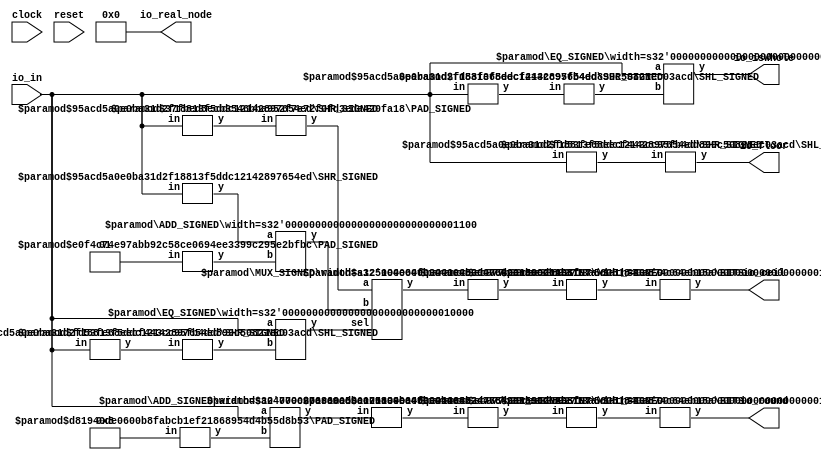
module FixedRing1(
    input clock,
    input reset,
    input [15:0] io_in,
    output [15:0] io_floor,
    output [15:0] io_ceil,
    output io_isWhole,
    output [15:0] io_round,
    output [63:0] io_real_node
);
    wire [11:0] _T_9;
    SHR_SIGNED #(.width(16), .n(4)) s_shr_1 (
        .y(_T_9),
        .in(io_in)
    );
    wire [11:0] _T_11;
    SHR_SIGNED #(.width(16), .n(4)) s_shr_2 (
        .y(_T_11),
        .in(io_in)
    );
    wire [15:0] _node_0;
    SHL_SIGNED #(.width(12), .n(4)) s_shl_3 (
        .y(_node_0),
        .in(_T_11)
    );
    wire _T_12;
    EQ_SIGNED #(.width(16)) s_eq_4 (
        .y(_T_12),
        .a(io_in),
        .b(_node_0)
    );
    wire [11:0] _T_14;
    SHR_SIGNED #(.width(16), .n(4)) s_shr_5 (
        .y(_T_14),
        .in(io_in)
    );
    wire [11:0] _T_15;
    SHR_SIGNED #(.width(16), .n(4)) s_shr_6 (
        .y(_T_15),
        .in(io_in)
    );
    wire [12:0] _T_17;
    wire [11:0] _WTEMP_0;
    PAD_SIGNED #(.width(2), .n(12)) s_pad_7 (
        .y(_WTEMP_0),
        .in(2'sh1)
    );
    ADD_SIGNED #(.width(12)) s_add_8 (
        .y(_T_17),
        .a(_T_15),
        .b(_WTEMP_0)
    );
    wire [12:0] _T_20;
    wire [12:0] _WTEMP_1;
    PAD_SIGNED #(.width(12), .n(13)) s_pad_9 (
        .y(_WTEMP_1),
        .in(_T_14)
    );
    MUX_SIGNED #(.width(13)) s_mux_10 (
        .y(_T_20),
        .sel(_T_12),
        .a(_WTEMP_1),
        .b(_T_17)
    );
    wire [11:0] _T_21;
    SHR_SIGNED #(.width(16), .n(4)) s_shr_11 (
        .y(_T_21),
        .in(io_in)
    );
    wire [15:0] _node_1;
    SHL_SIGNED #(.width(12), .n(4)) s_shl_12 (
        .y(_node_1),
        .in(_T_21)
    );
    wire _T_22;
    EQ_SIGNED #(.width(16)) s_eq_13 (
        .y(_T_22),
        .a(io_in),
        .b(_node_1)
    );
    wire [16:0] _T_24;
    wire [15:0] _WTEMP_2;
    PAD_SIGNED #(.width(5), .n(16)) s_pad_14 (
        .y(_WTEMP_2),
        .in(5'sh8)
    );
    ADD_SIGNED #(.width(16)) s_add_15 (
        .y(_T_24),
        .a(io_in),
        .b(_WTEMP_2)
    );
    wire [12:0] _T_26;
    SHR_SIGNED #(.width(17), .n(4)) s_shr_16 (
        .y(_T_26),
        .in(_T_24)
    );
    wire [16:0] _node_2;
    SHL_SIGNED #(.width(13), .n(4)) s_shl_17 (
        .y(_node_2),
        .in(_T_20)
    );
    wire [15:0] _node_3;
    BITS #(.width(17), .high(15), .low(0)) bits_18 (
        .y(_node_3),
        .in(_node_2)
    );
    wire [16:0] _node_4;
    SHL_SIGNED #(.width(13), .n(4)) s_shl_19 (
        .y(_node_4),
        .in(_T_26)
    );
    wire [15:0] _node_5;
    BITS #(.width(17), .high(15), .low(0)) bits_20 (
        .y(_node_5),
        .in(_node_4)
    );
    ASSINT #(.width(16)) assint_21 (
        .y(io_ceil),
        .in(_node_3)
    );
    SHL_SIGNED #(.width(12), .n(4)) s_shl_22 (
        .y(io_floor),
        .in(_T_9)
    );
    assign io_isWhole = _T_22;
    assign io_real_node = 64'h0;
    ASSINT #(.width(16)) assint_23 (
        .y(io_round),
        .in(_node_5)
    );
endmodule //FixedRing1
module SHR_SIGNED(y, in);
    parameter width = 4;
    parameter n = 2;
    output [(n < width ? (width-n-1) : 0):0] y;
    input [width-1:0] in;
    assign y = n < width ? in[width-1:n] : in[width-1:width-1];
endmodule // SHR_SIGNED
module SHL_SIGNED(y, in);
    parameter width = 4;
    parameter n = 4;
    output [width+n-1:0] y;
    input [width-1:0] in;
    wire [width+n-1:0] temp;
    assign temp = {{n{in[width-1]}}, in};
    assign y = $signed(temp) << n;
endmodule // SHL_SIGNED
module EQ_SIGNED(y, a, b);
    parameter width = 4;
    output y;
    input [width-1:0] a;
    input [width-1:0] b;
    assign y = $signed(a) == $signed(b);
endmodule // EQ_SIGNED
module PAD_SIGNED(y, in);
    parameter width = 4;
    parameter n = 4;
    output [(n > width ? n : width)-1:0] y;
    input [width-1:0] in;
    assign y = n > width ? {{(n - width){in[width-1]}}, in} : in;
endmodule // PAD_SIGNED
module ADD_SIGNED(y, a, b);
    parameter width = 4;
    output [width:0] y;
    input [width-1:0] a;
    input [width-1:0] b;
    assign y = $signed(a) + $signed(b);
endmodule // ADD_SIGNED
module MUX_SIGNED(y, sel, a, b);
    parameter width = 4;
    output [width-1:0] y;
    input sel;
    input [width-1:0] a;
    input [width-1:0] b;
    assign y = sel ? $signed(a) : $signed(b);
endmodule // MUX_SIGNED
module BITS(y, in);
    parameter width = 4;
    parameter high = 2;
    parameter low = 0;
    output [high-low:0] y;
    input [width-1:0] in;
    assign y = in[high:low];
endmodule // BITS
module ASSINT(y, in);
    parameter width = 4;
    output [width-1:0] y;
    input [width-1:0] in;
    assign y = $signed(in);
endmodule // ASSINT